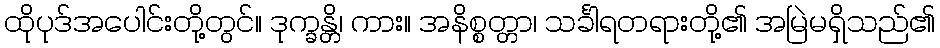
ထိုပုဒ်အပေါင်းတို့တွင်။ ဒုက္ခန္တိ၊ ကား။ အနိစ္စတ္တာ၊ သင်္ခါရတရားတို့၏ အမြဲမရှိသည်၏